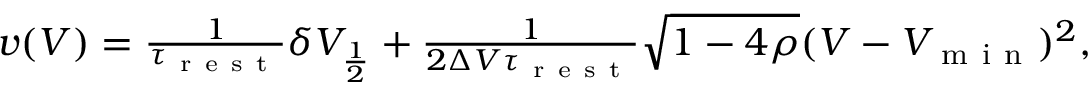
\begin{array} { r } { v ( V ) = \frac { 1 } { \tau _ { \mathrm { ~ r ~ e ~ s ~ t ~ } } } \delta V _ { \frac { 1 } { 2 } } + \frac { 1 } { 2 \Delta V \tau _ { \mathrm { ~ r ~ e ~ s ~ t ~ } } } \sqrt { 1 - 4 \rho } ( V - V _ { \mathrm { ~ m ~ i ~ n ~ } } ) ^ { 2 } , } \end{array}